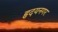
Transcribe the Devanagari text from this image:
हृदयनगर